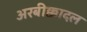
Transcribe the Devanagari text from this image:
अरबीक्कादल